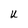
Character: U